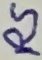
Text: RS